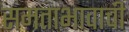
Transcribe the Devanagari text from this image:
समताभावाची